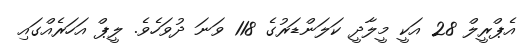
އެޕްރީލް 28 އަކީ މީލާދީ ކަލަންޑަރުގެ 118 ވަނަ ދުވަހެވެ. ލީޕް އަހަރެއްގައި